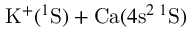
\mathrm { K } ^ { + } ( ^ { 1 } \mathrm { S } ) + \mathrm { C a } ( 4 \mathrm { s } ^ { 2 } \, ^ { 1 } \mathrm { S } )